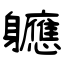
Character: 軈